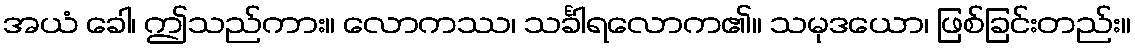
အယံ ခေါ၊ ဤသည်ကား။ လောကဿ၊ သင်္ခါရလောက၏။ သမုဒယော၊ ဖြစ်ခြင်းတည်း။